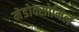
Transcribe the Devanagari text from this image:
मेडोक्सोमिल